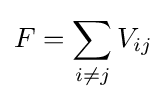
F=\sum _{i\neq j}V_{ij}